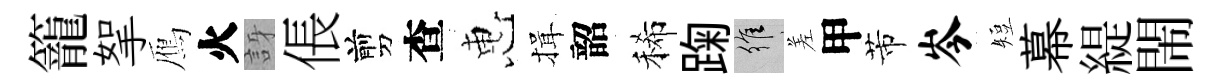
籠挐鴈火訝倀剪查惠揖韶稀踘維差甲芾岑短幕緹閙